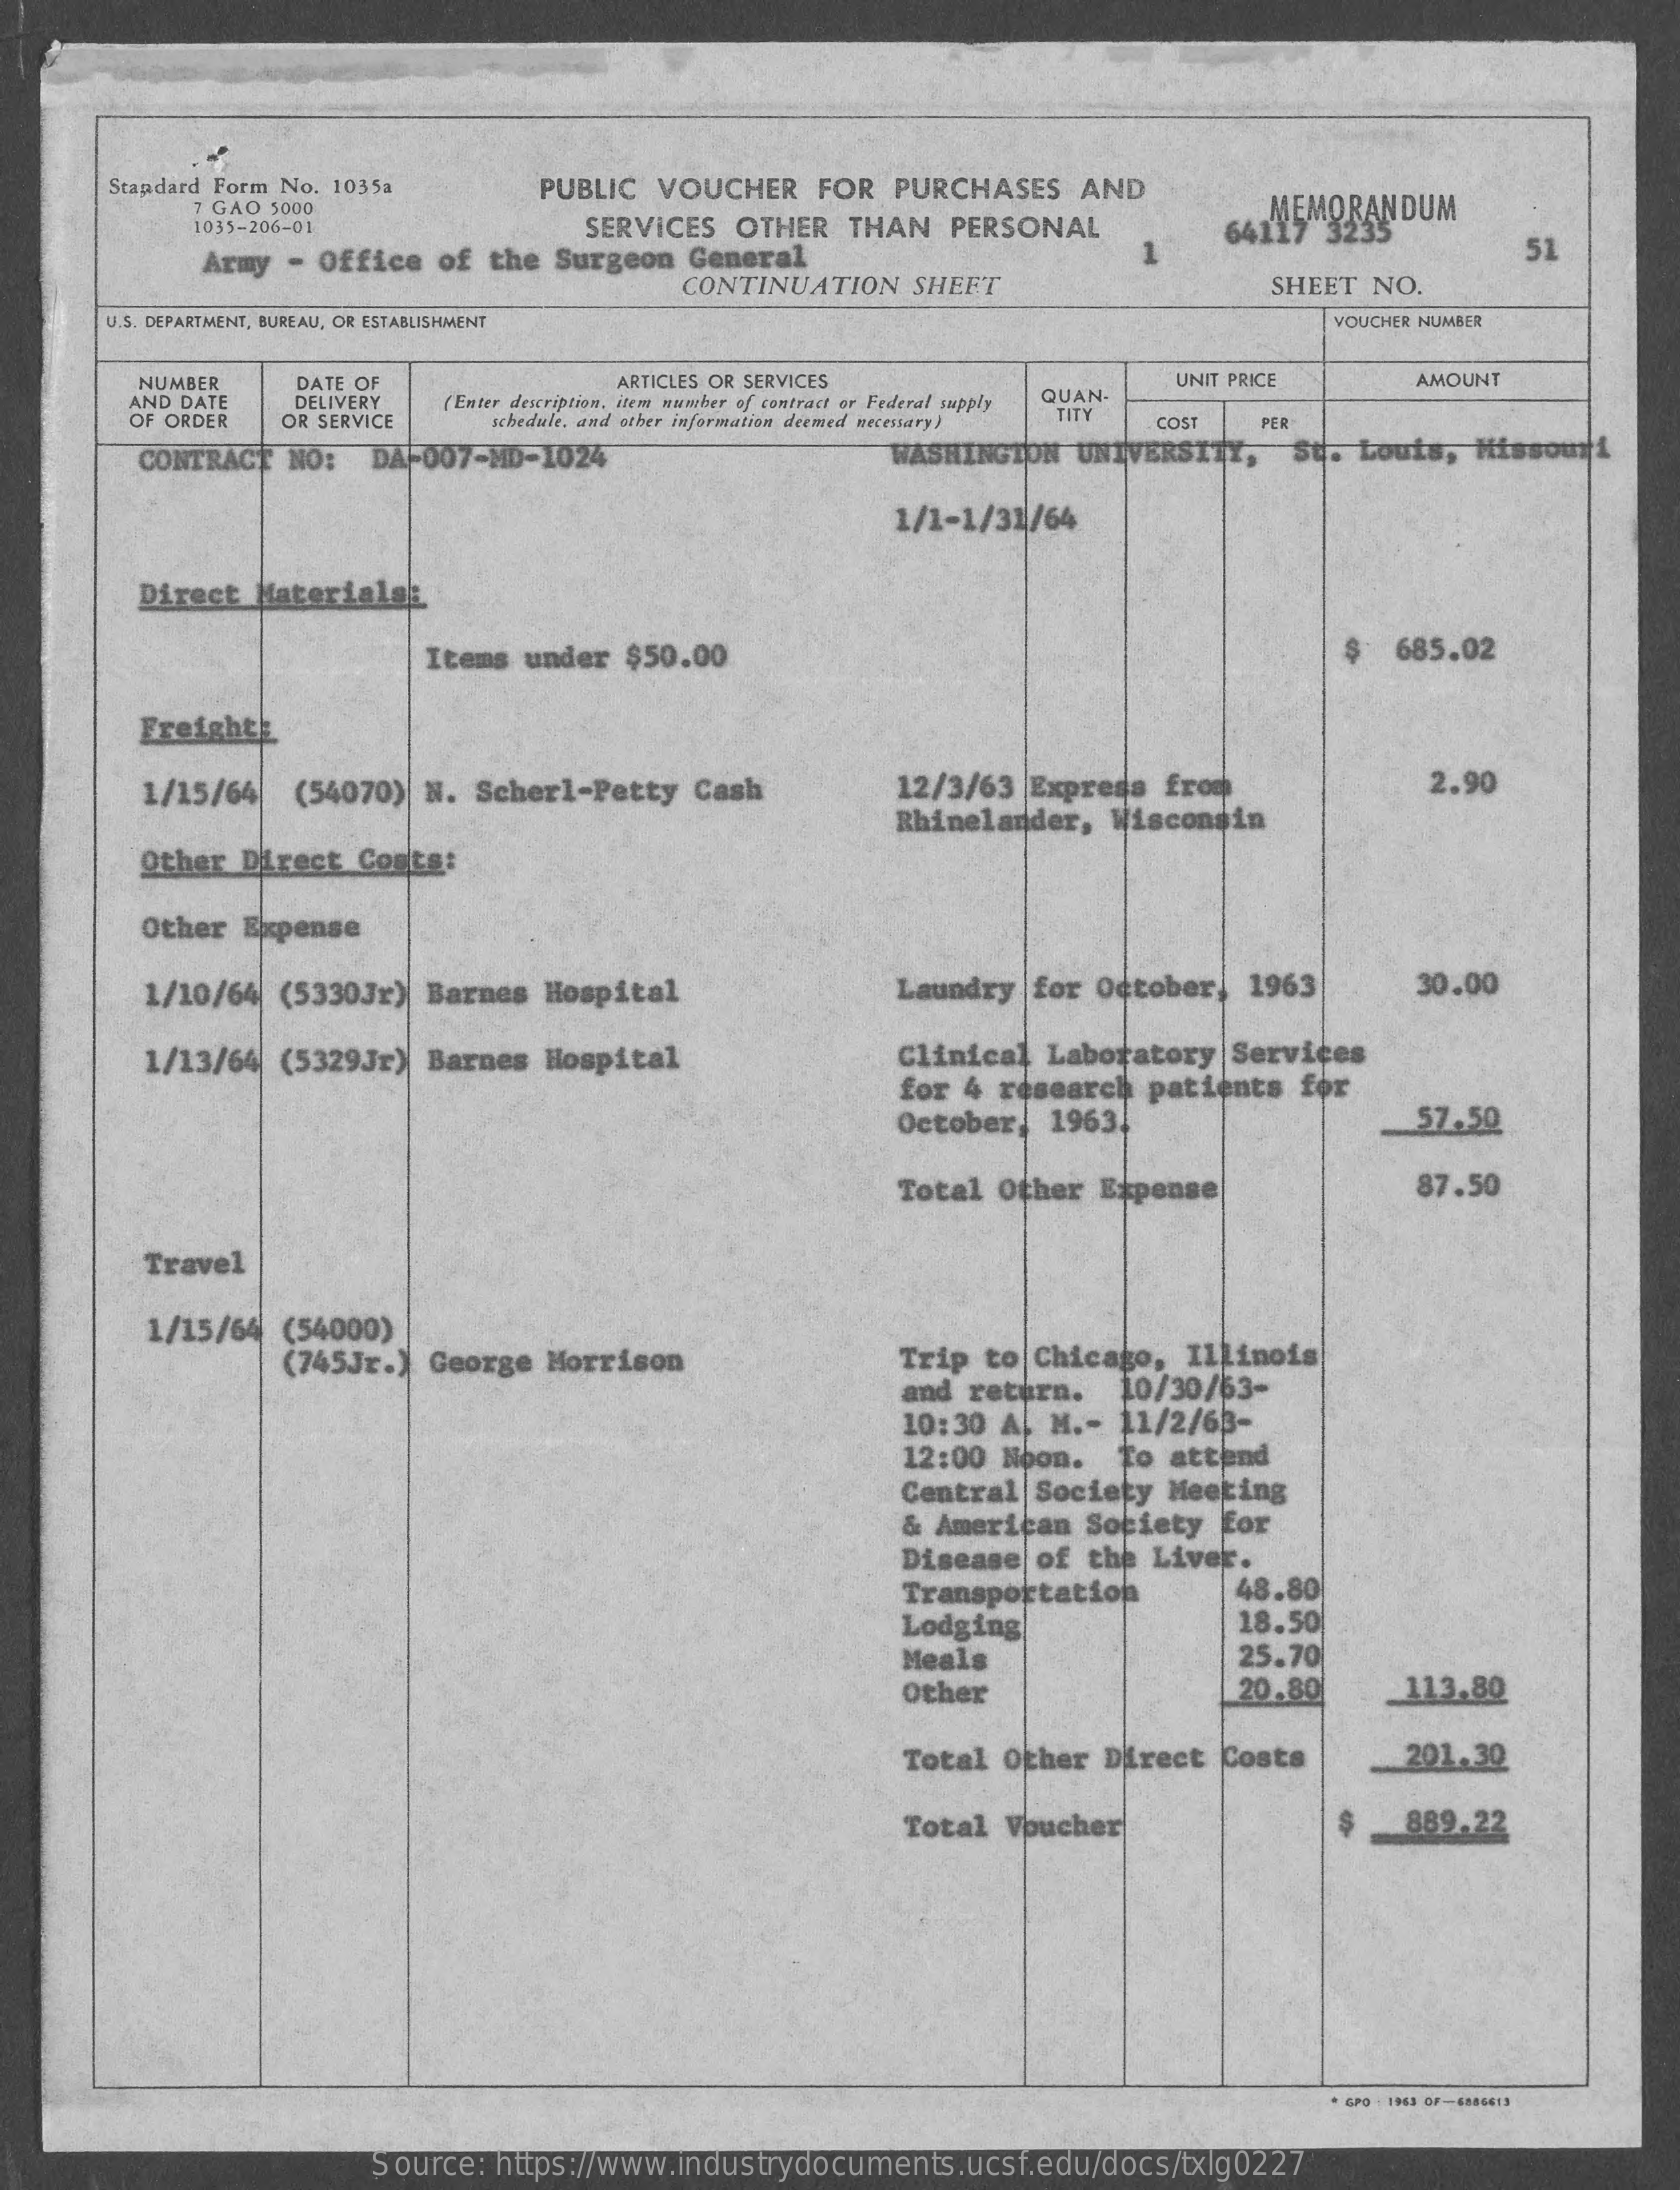
Standard Form No.  1035a    PUBLIC    VOUCHER    FOR   PURCHASES    AND
     7 GAO  5000
     1035-206-01    SERVICES    OTHER    THAN    PERSONAL    MEMORANDUM 64115
     Army   - Office    of   the  Surgeon    General    51
     CONTINUATION    SHEET    SHEET   NO.
     U.S. DEPARTMENT, BUREAU, OR ESTABLISHMENT    VOUCHER NUMBER
     NUMBER    DATE OF    ARTICLES OR SERVICES    UNIT PRICE    AMOUNT
     AND DATE
     OF ORDER
     DELIVERY    (Enter description, items wawsher of contract or Federal supply QUAN.
     OR SERVICE    schedule, and other information deemed necessary) TITY  COST    PER
     CONTRACT    NO:    DAF007-MD-1024    WASHINGTON    UNIVERSITY,    St.  Louis,    Missouri
     1/1-1/31/64
     Direct   Materialsi
     Items   under   $50.00    685.02
     FreightE
     1/15/64    (54070)    N.   Scherl-Petty    Cash    12/3/63    Express    from    2.90
     Rhinelander,    Wisconsin
     Other   Direct    Costs:
     Other   Expense
     1/10/64    (5330Jr)    Barnes    Hospital    Laundry    for  October,    1963    30.00
     1/13/64    (5329Jr)    Barnes    Hospital    Clinical    Laboratory    Services
     for  4  research    patients    for
     October,    1963.    57.50
     Total   Other   Expense    87.50
     Travel
     1/15/64   (54000)
     (745Jr.)    George    Morrison    Trip   to  Chicago,    Illinois
     and   return.    10/30/63-
     10:30   A.  M .-  11/2/63-
     12:00   Noon.    To  attend
     Central    Society    Meeting
     &  American    Society    for
     Disease    of   the  Liver.
     Transportation    48.80
     Lodging    18.50
     Meals    25.70
     other    20.80    113.80
     Total   Other    Direct    Costs    201.30
     Total    Voucher    889.22
     Source:   https://www.industrydocuments.ucsf.edu/docs/txlg0227